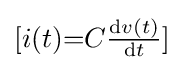
[i(t){=}C{\tfrac {\mathrm {d} v(t)}{\mathrm {d} t}}]